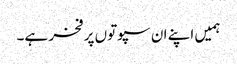
ہمیں اپنے ان سپوتوں پر فخر ہے۔